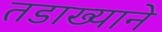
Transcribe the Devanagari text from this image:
तडाख्याने